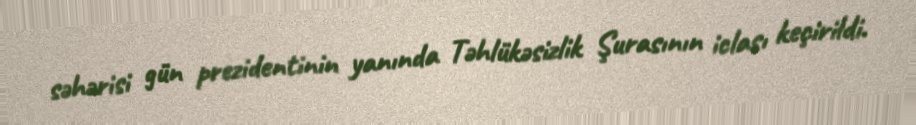
səhərisi gün prezidentinin yanında Təhlükəsizlik Şurasının iclası keçirildi.